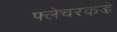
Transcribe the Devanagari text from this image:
फ्लेचरकडे